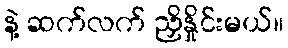
နဲ့ ဆက်လက် ညှိနှိုင်းမယ်။